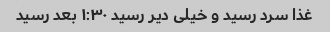
غذا سرد رسید و خیلی دیر رسید ۱:۳۰ بعد رسید